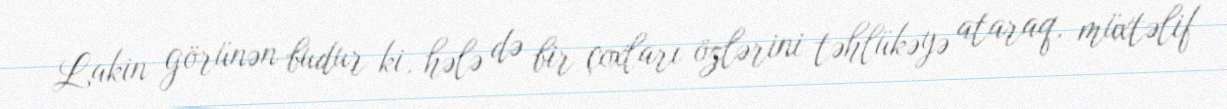
Lakin görünən budur ki, hələ də bir çoxları özlərini təhlükəyə ataraq, müxtəlif